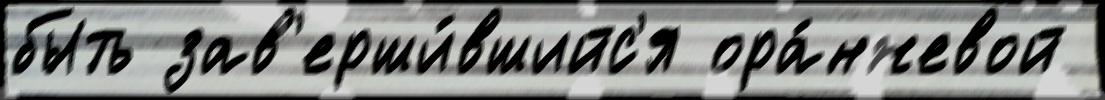
быть зав'ерши́вшийс'я ора́нжевой